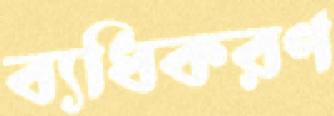
ব্যধিকরণ